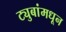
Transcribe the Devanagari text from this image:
ट्युबांमधून